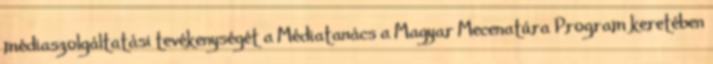
médiaszolgáltatási tevékenységét a Médiatanács a Magyar Mecenatúra Program keretében